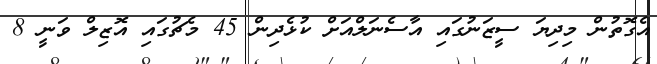
އެގޮތުން މިދިޔަ ސީޒަނުގައި އާސެނަލްއަށް ކުޅެދިން 45 މެޗުގައި އޮޒިލް ވަނީ 8